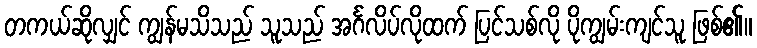
တကယ်ဆိုလျှင် ကျွန်မသိသည် သူသည် အင်္ဂလိပ်လိုထက် ပြင်သစ်လို ပိုကျွမ်းကျင်သူ ဖြစ်၏။